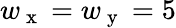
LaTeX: w_{\mathrm{~x~}}=w_{\mathrm{~y~}}=5